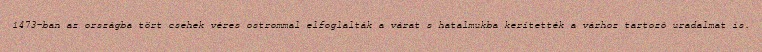
1473-ban az országba tört csehek véres ostrommal elfoglalták a várat s hatalmukba kerítették a várhoz tartozó uradalmat is.